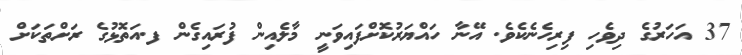
37 އަހަރުގެ ދިވެހި ފިރިހެނެކެވެ. އޭނާ ހައްޔަރުކޮށްފައިވަނީ މާލެއިން ފުރައިގެން ފ.އަތޮޅުގެ ރަށްތަކަށް